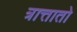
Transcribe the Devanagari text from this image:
त्रात्तातो